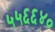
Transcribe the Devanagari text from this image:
५५६६४०